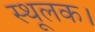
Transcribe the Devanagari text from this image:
स्थूलक।